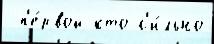
 п'е́рвой кто с'и́льно